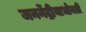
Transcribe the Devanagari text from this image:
जननेंद्रीयाभोवती